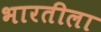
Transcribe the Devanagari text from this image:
भारतीला